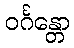
ဝင်္ဂန္တော